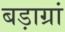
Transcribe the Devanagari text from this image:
बड़ाग्रां